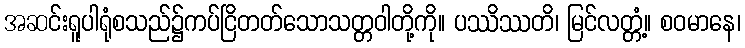
အဆင်းရူပါရုံစသည်၌ကပ်ငြိတတ်သောသတ္တဝါတို့ကို။ ပဿိဿတိ၊ မြင်လတ္တံ့။ စဝမာနေ၊